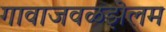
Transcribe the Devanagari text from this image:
गावाजवळझेलम